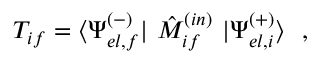
T _ { i f } = \langle \Psi _ { e l , f } ^ { ( - ) } | \ \hat { M } _ { i f } ^ { ( i n ) } \ | \Psi _ { e l , i } ^ { ( + ) } \rangle \ \ ,